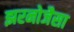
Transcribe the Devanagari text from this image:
झरनोजैसा